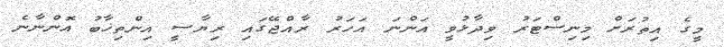
މީގެ އިތުރަށް މިނިސްޓަރު ވިދާޅުވީ އަންނަ އަހަރު ރާއްޖޭގައި ރިޔާސީ އިންތިޚާބު އޮންނާނެ